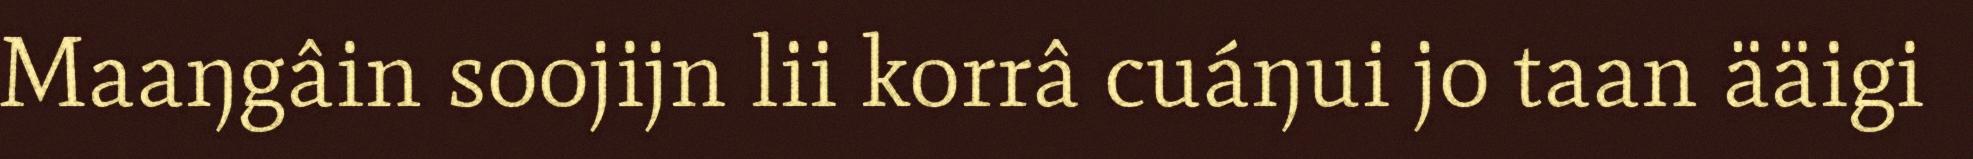
Maaŋgâin soojijn lii korrâ cuáŋui jo taan ääigi